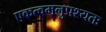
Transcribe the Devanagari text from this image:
एकत्वमनुपश्यतः